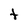
Character: t